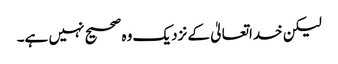
لیکن خداتعالیٰ کے نزدیک وہ صحیح نہیں ہے۔